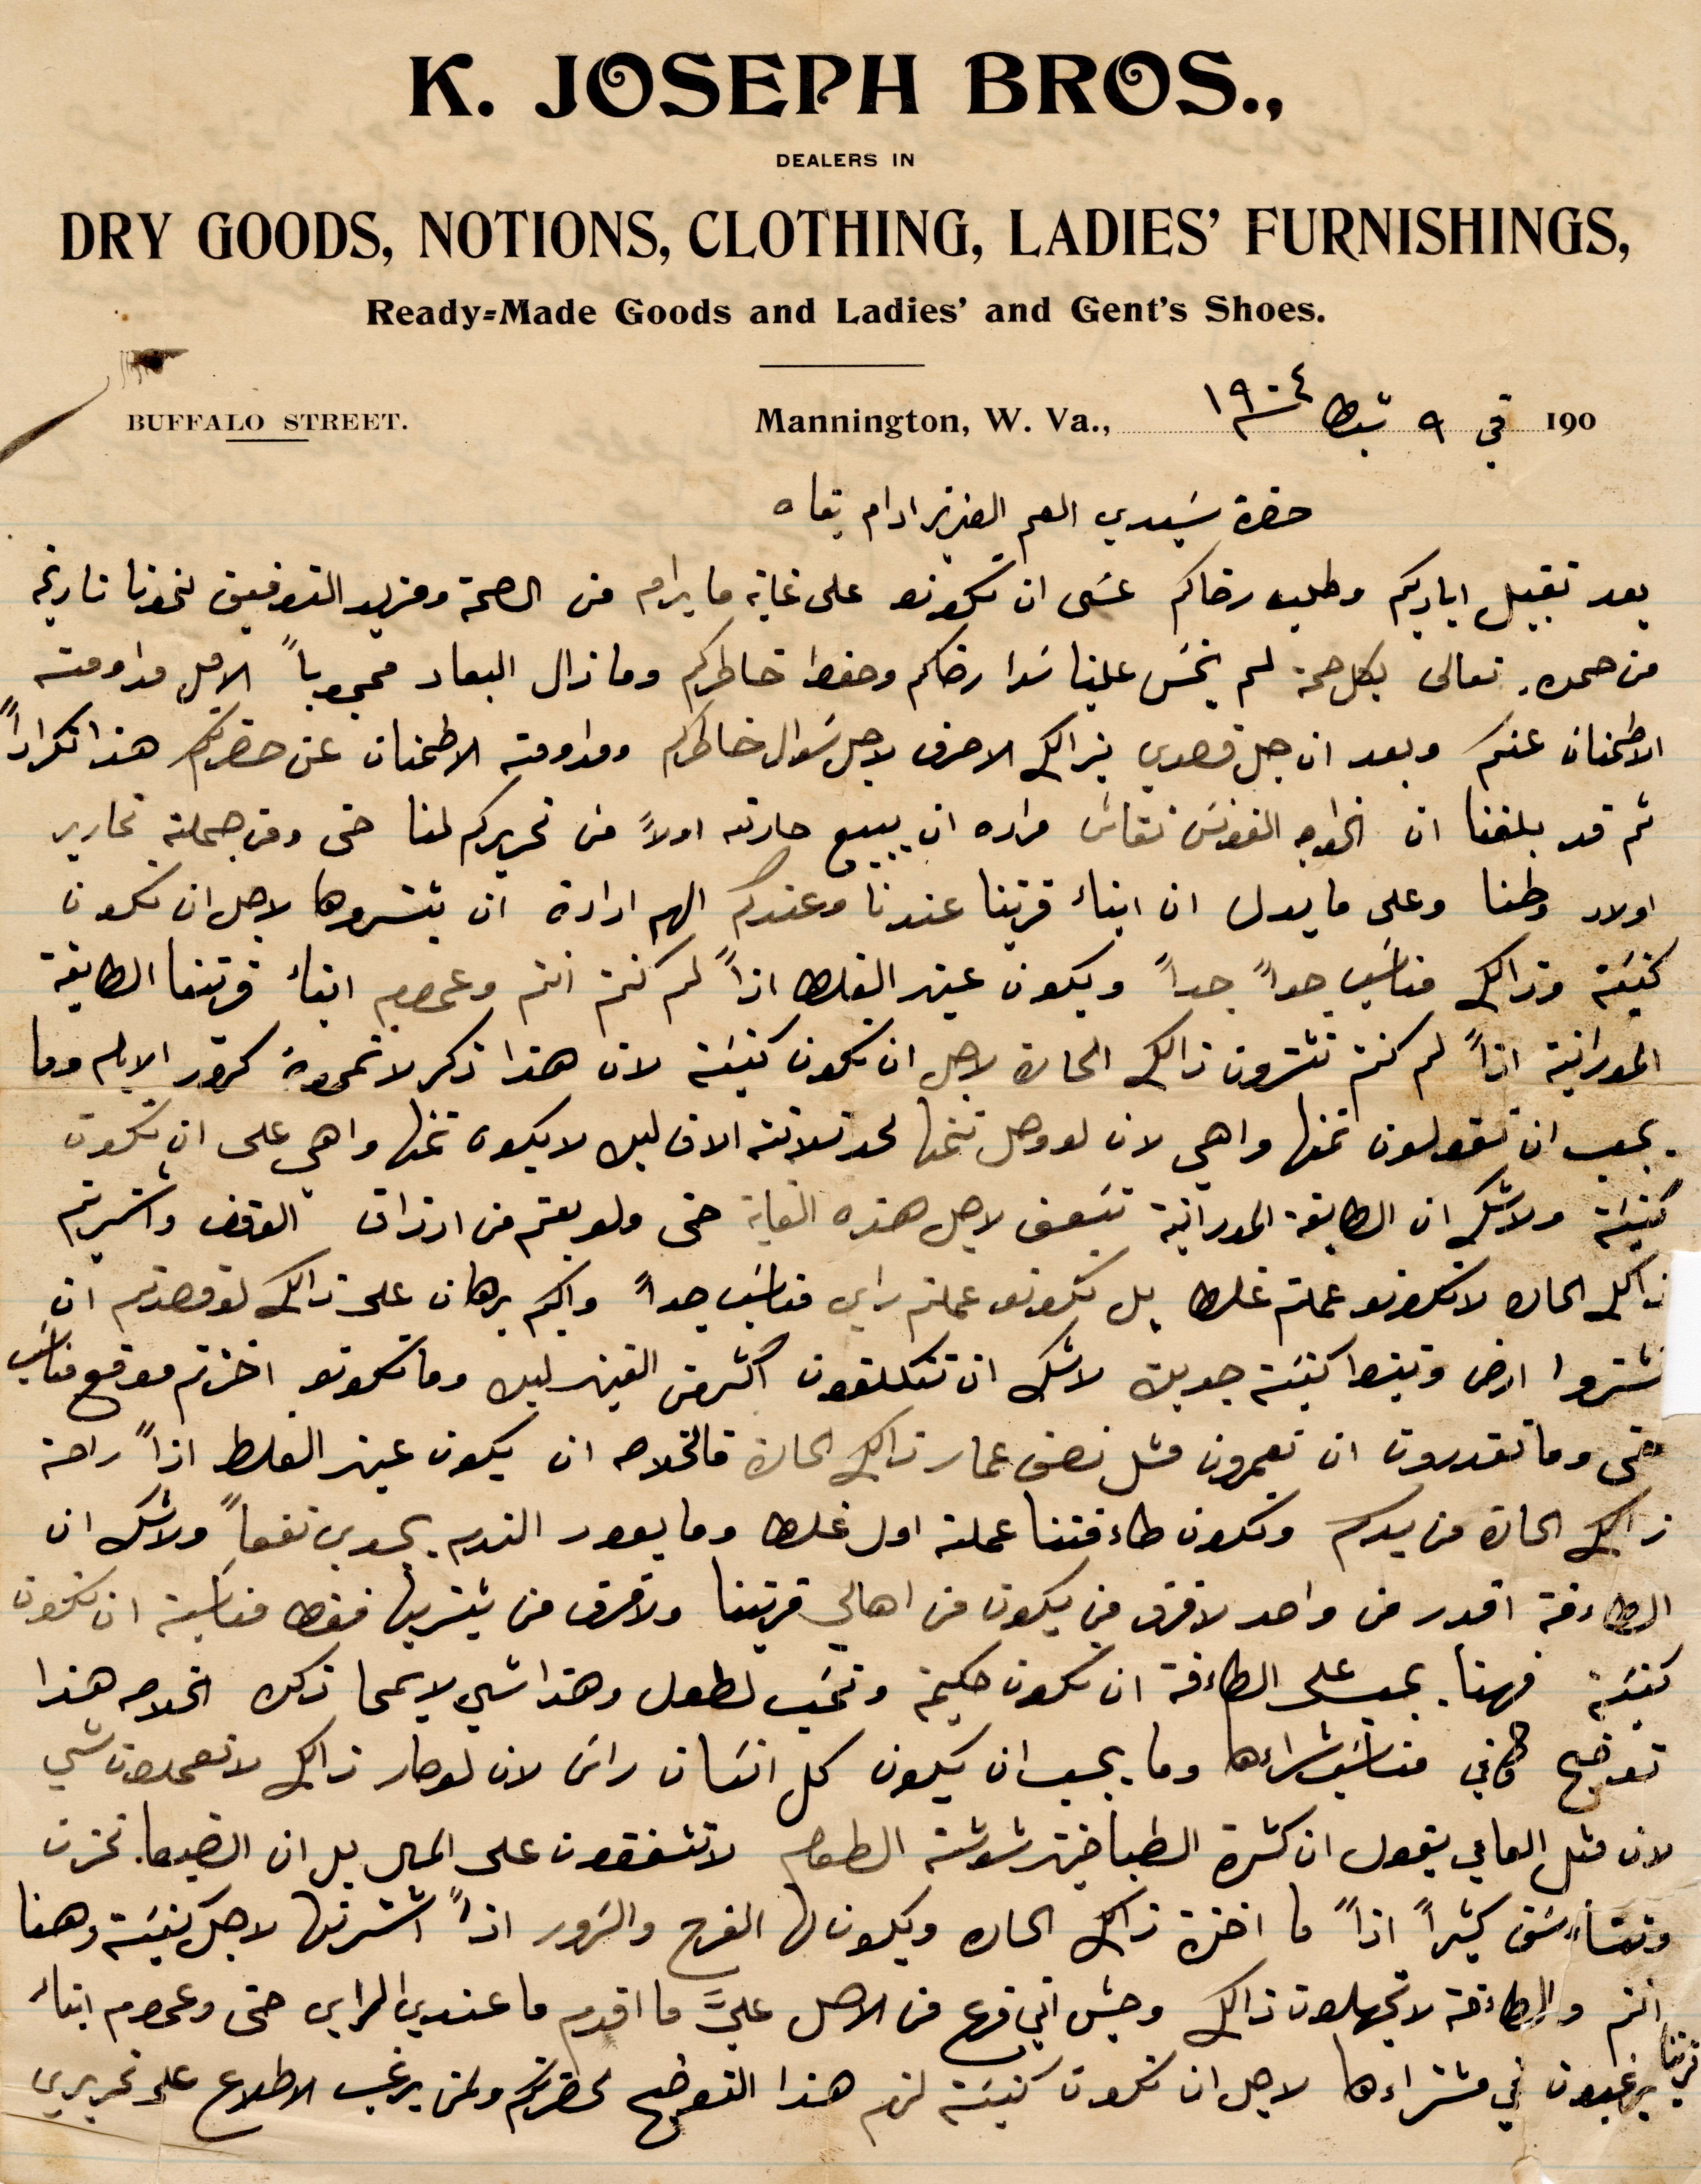
حضرة سيدي العم العزيز ادام بقاه
بعد تقبيل اياديكم وطلب رضاكم عسى ان تكونو على غاية ما يرام من الصحة وعزيز التوفيق نحونا تاريخ
من حمل تعالى بكل صحة لم يخس علينا سوا رضاكم وحفظ خاطركم وما زال البعاد محجوبًا الامل مداومته
الاطمنان عنكم وبعد ان جل قصدي بذلك الاحرف لاجل سؤال خاطركم ومداومته الاطمنان عن حضرتكم هذا تكرارًا
ثد قد بلغناه ان الخواجه الفونس نقاش مراده ان يبيع حارته اولًا من تحريركم لنا حتى ومن جملته تحارير
أولاد وطنا ولى ما يدل ان أبناء قريتنا عندنا وعندكم الهم إرادة ان ينشروها لاجل ان يكون
كنية وذلك مناسب جدًا جدًا ويكون عند القلق اذًا لم كنتم انتم وعموم أبناء قريتنا الطايفة
المورانية اذًا لم انتم تشترون ذلك الحارة لاجل ان يكون كنية لان هذا ذكر لا تمر مرور الأيام وما
يجب ان تقولون عنها وا هي لان لو وصل ثمنها لحد ثلاثة الاف ليره لا يكون ثمنها واهى على ان يكون
كنيته ولا شك ان الطائفة المورانية تبعف لاجل هذه الغاية حتى ولو بعتم من ارزاق الوقوف واشتريتم
ذلك الحارة لا تكونو عملتم راي مناسب جدًا واكيم برهان على ذلك لو قصدتم ان
تشتروا ارض وتبسط كنيسة جزين لالك ان تتكلفون اكثر من الفين ليس وما تكونو اخذتم مواقع مناسب
بقي وما تقدرون ان تعمرون مثل نصق عمار ذلك الحارة فالخلاصه ان يكون عين الغلط اذًا راحة
ذلك الحارة من يدكم وتكون طاءفتنا عملت اول غلط وما يعود الندم يجدي نفعًا ولا شك ان
الطاءفة اقدر من واحد لا فرق من يكون من أهالي قريتنا ولا فرق من يشتريها فقط مناسبة ان تكون
كنيسة فهنا يحسب على الطاءفة ان تكون حكيم وتحب لطول وهذا شيء لا يمحى ذلك الخلاصه هذا
توضح ما في مناسب شراءها وما يجب ان يكون كل انسان راس لان لو صار ذلك لا تعمدون شي
لان مثل العامي يقول ان كثرة الطباخين شوشت الطعان لا تتفقون على الحال بل ان الضيعا تحزن
وتتأرشف كثيرًا اذًا ما اخذ ذلك الحال ويكون لها الفرح والزور اذًا اشترتها لاجل كنيسة وهنا
انتم والطاءفة لا تجهلون ذلك وحيث اني قرع من الأصل عليّ ما اقدم ما عندي الراي حتى وعموم أبناء
قريتنا يرغبون في مشتراها لاحل ان تكون كنيسة لهم هذا التوضيح لحضرتكم لومن يرغب الاطلاع على تحريري